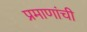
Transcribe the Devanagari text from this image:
प्रमाणांची